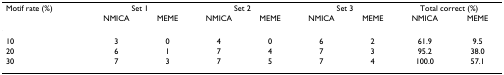
<table><thead><tr><td><b>Motif rate (%)</b></td><td colspan="2"><b>Set 1</b></td><td colspan="2"><b>Set 2</b></td><td colspan="2"><b>Set 3</b></td><td colspan="2"><b>Total correct (%)</b></td></tr><tr><td></td><td><b>NMICA</b></td><td><b>MEME</b></td><td><b>NMICA</b></td><td><b>MEME</b></td><td><b>NMICA</b></td><td><b>MEME</b></td><td><b>NMICA</b></td><td><b>MEME</b></td></tr></thead><tbody><tr><td>10</td><td>3</td><td>0</td><td>4</td><td>0</td><td>6</td><td>2</td><td>61.9</td><td>9.5</td></tr><tr><td>20</td><td>6</td><td>1</td><td>7</td><td>4</td><td>7</td><td>3</td><td>95.2</td><td>38.0</td></tr><tr><td>30</td><td>7</td><td>3</td><td>7</td><td>5</td><td>7</td><td>4</td><td>100.0</td><td>57.1</td></tr></tbody></table>